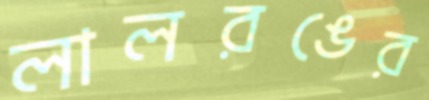
লালরঙের